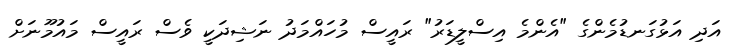
އަދި އަޅުގަނޑުމެންގެ "އެންމެ އިސްލީޑަރު" ރައީސް މުހައްމަދު ނަޝިދަކީ ވެސް ރައީސް މައުމޫނަށް